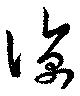
凉